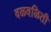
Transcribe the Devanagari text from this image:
वळवळिती